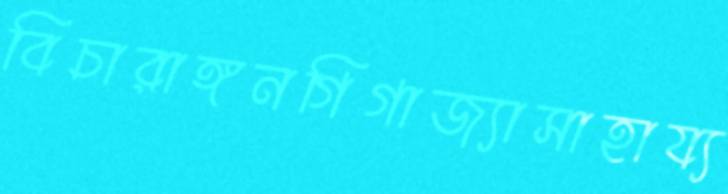
বিচারাঙ্গনগিগাজ্যাসাহায্য